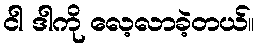
ငါ ဒါကို လေ့လာခဲ့တယ်။